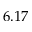
6 . 1 7